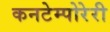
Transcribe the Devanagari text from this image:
कनटेम्पोरेरी